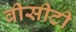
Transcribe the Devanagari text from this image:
वीसीटी